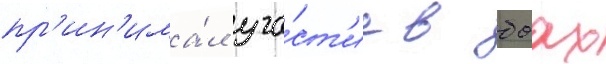
пр'ин'има́л уча́ст'ие в боах